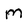
Character: m